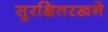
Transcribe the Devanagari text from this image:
सुरक्षितरखने